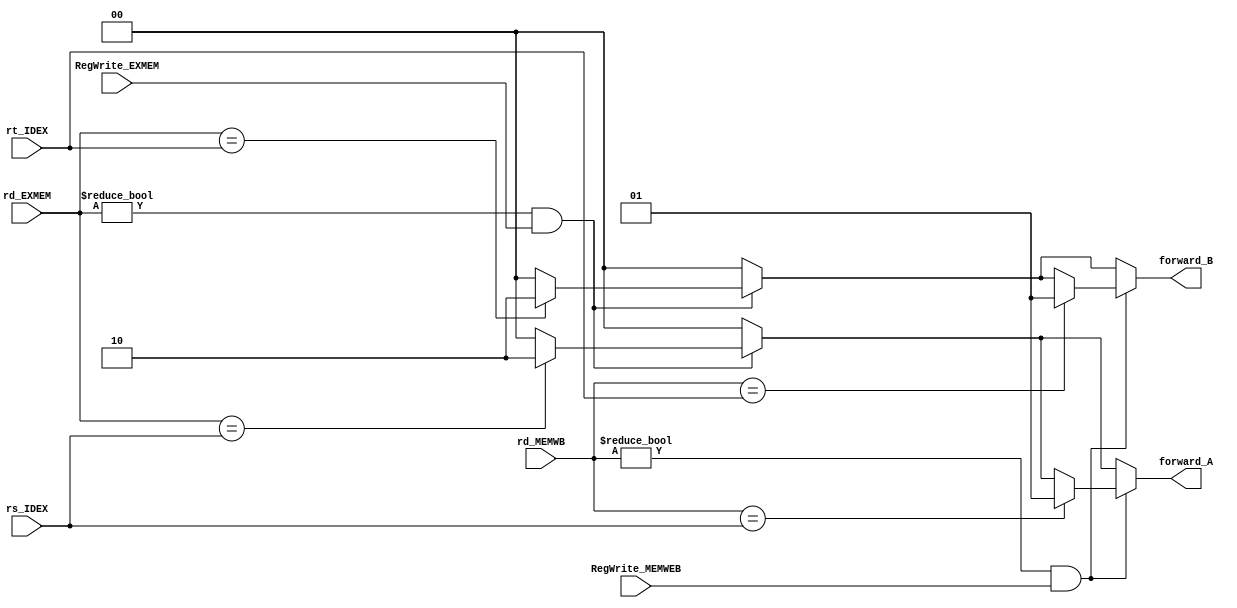
module Forward( rt_IDEX, rd_MEMWB,rd_EXMEM, rs_IDEX,RegWrite_MEMWEB, RegWrite_EXMEM,forward_A, forward_B);
    input [4:0] rd_EXMEM, rs_IDEX, rt_IDEX, rd_MEMWB;
    input RegWrite_MEMWEB, RegWrite_EXMEM;
    output reg [1:0] forward_A, forward_B;

    always @(RegWrite_MEMWEB,RegWrite_EXMEM, rd_EXMEM, rt_IDEX,rs_IDEX) begin
        forward_A = 2'b00;
        forward_B = 2'b00;
        if (rd_EXMEM != 5'b0 && RegWrite_EXMEM == 1'b1 ) begin
            if (rd_EXMEM == rt_IDEX)
                forward_B = 2'b10;
            if (rd_EXMEM == rs_IDEX)
                forward_A = 2'b10;
        end          
        if (rd_MEMWB != 5'b0 && RegWrite_MEMWEB == 1'b1 ) begin
            if (rd_MEMWB == rt_IDEX)
                forward_B = 2'b01;
            if (rd_MEMWB == rs_IDEX)
                forward_A = 2'b01;
        end
    end
endmodule